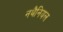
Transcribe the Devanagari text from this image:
नथैनियल